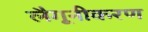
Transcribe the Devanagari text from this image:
लैगूनीकरण